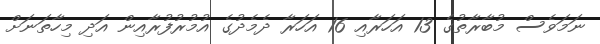
ނަމަވެސް މުބާރާތުގެ 13 އަހަރާއި 16 އަހަރާ ދެމެދުގެ އުމުރުފުރާއިން އަދި މިހާތަނަށް